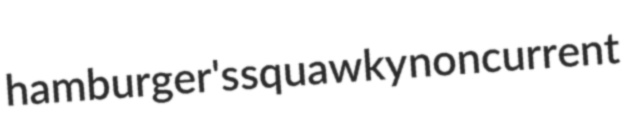
hamburger's squawky noncurrent